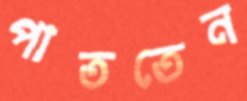
পাততেন